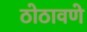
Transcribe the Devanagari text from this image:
ठोठावणे